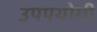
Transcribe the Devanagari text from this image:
उपपयोगी